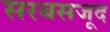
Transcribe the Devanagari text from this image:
सरबसजूद